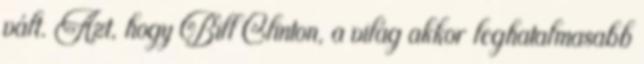
vált. Azt, hogy Bill Clinton, a világ akkor leghatalmasabb